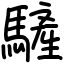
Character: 𩥮